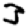
Digit: 3